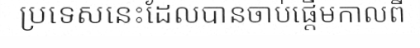
ប្រទេសនេះដែលបានចាប់ផ្តើមកាលពី